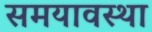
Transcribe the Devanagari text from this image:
समयावस्था